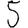
Digit: 5